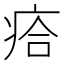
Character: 㾑